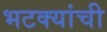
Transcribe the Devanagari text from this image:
भटक्यांची